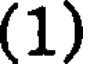
(1)